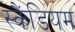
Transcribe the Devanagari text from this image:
स्कैंडियम